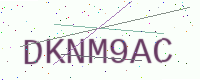
Text: DKNM9AC